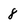
Character: 8